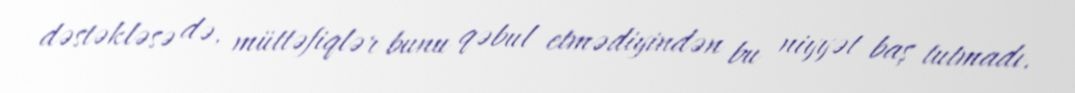
dəstəkləsə də, müttəfiqlər bunu qəbul etmədiyindən bu niyyət baş tutmadı.